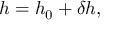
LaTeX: h = h _ { 0 } + \delta h ,